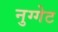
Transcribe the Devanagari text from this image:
नुग्गेट